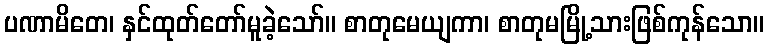
ပဏာမိတေ၊ နှင်ထုတ်တော်မူခဲ့သော်။ စာတုမေယျကာ၊ စာတုမမြို့သားဖြစ်ကုန်သော။